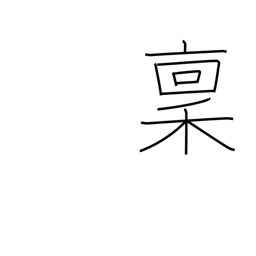
Meaning: salary in rice